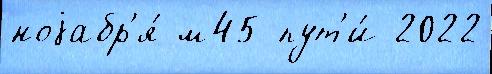
ноjабр'я́ м45 пут'и́ 2022